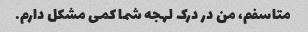
متاسفم، من در درک لهجه شما کمی مشکل دارم.